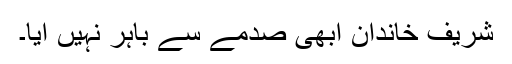
شریف خاندان ابھی صدمے سے باہر نہیں آیا۔